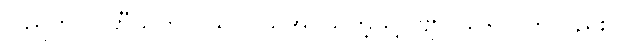
ပြည်ကို။ ပဟီယတိ ဝိယ၊ ပယ်အပ်သကဲ့သို့။ ဗျာပါဒေါပိ၊ ကိုလည်း။